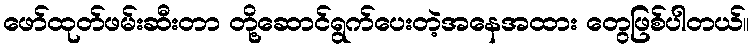
ဖော်ထုတ်ဖမ်းဆီးတာ တို့ဆောင်ရွက်ပေးတဲ့အနေအထား တွေဖြစ်ပါတယ်။